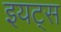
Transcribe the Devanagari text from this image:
इयट्स